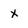
Character: X